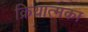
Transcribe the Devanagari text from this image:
क्रियात्मका